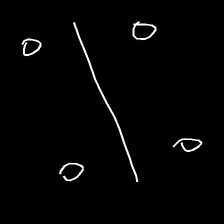
Glyph: cool